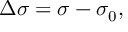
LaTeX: \Delta \sigma = \sigma - \sigma _ { 0 } ,